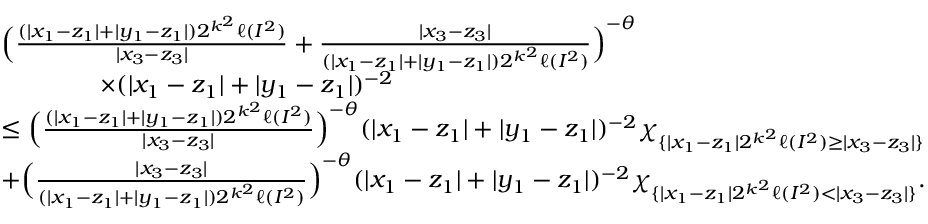
\begin{array} { r l } & { \Bigl ( \frac { ( | x _ { 1 } - z _ { 1 } | + | y _ { 1 } - z _ { 1 } | ) 2 ^ { k ^ { 2 } } \ell ( I ^ { 2 } ) } { | x _ { 3 } - z _ { 3 } | } + \frac { | x _ { 3 } - z _ { 3 } | } { ( | x _ { 1 } - z _ { 1 } | + | y _ { 1 } - z _ { 1 } | ) 2 ^ { k ^ { 2 } } \ell ( I ^ { 2 } ) } \Bigr ) ^ { - \theta } } \\ & { \qquad \qquad \times ( | x _ { 1 } - z _ { 1 } | + | y _ { 1 } - z _ { 1 } | ) ^ { - 2 } } \\ & { \le \Bigl ( \frac { ( | x _ { 1 } - z _ { 1 } | + | y _ { 1 } - z _ { 1 } | ) 2 ^ { k ^ { 2 } } \ell ( I ^ { 2 } ) } { | x _ { 3 } - z _ { 3 } | } \Bigr ) ^ { - \theta } ( | x _ { 1 } - z _ { 1 } | + | y _ { 1 } - z _ { 1 } | ) ^ { - 2 } \chi _ { \{ | x _ { 1 } - z _ { 1 } | 2 ^ { k ^ { 2 } } \ell ( I ^ { 2 } ) \ge | x _ { 3 } - z _ { 3 } | \} } } \\ & { + \Bigl ( \frac { | x _ { 3 } - z _ { 3 } | } { ( | x _ { 1 } - z _ { 1 } | + | y _ { 1 } - z _ { 1 } | ) 2 ^ { k ^ { 2 } } \ell ( I ^ { 2 } ) } \Bigr ) ^ { - \theta } ( | x _ { 1 } - z _ { 1 } | + | y _ { 1 } - z _ { 1 } | ) ^ { - 2 } \chi _ { \{ | x _ { 1 } - z _ { 1 } | 2 ^ { k ^ { 2 } } \ell ( I ^ { 2 } ) < | x _ { 3 } - z _ { 3 } | \} } . } \end{array}